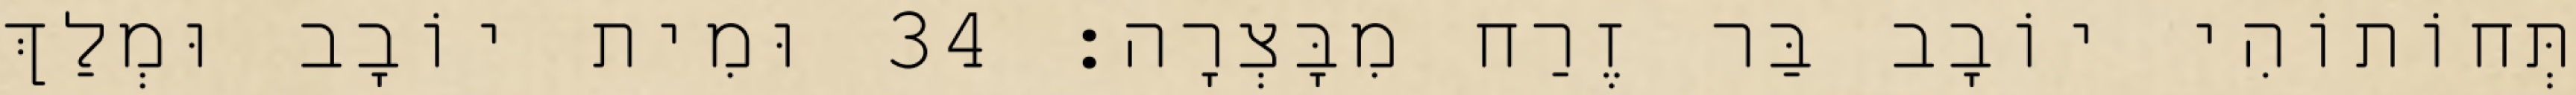
תְּחוֹתוֹהִי יוֹבָב בַּר זֶרַח מִבָּצְרָה׃ 34 וּמִית יוֹבָב וּמְלַךְ